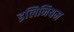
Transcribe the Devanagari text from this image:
इलिनियम